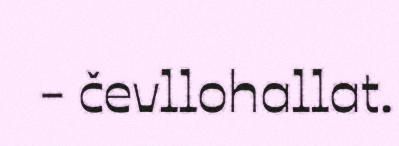
- čevllohallat.